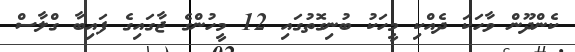
ކެންދޫން ވާހަކަ ދެއްކި މީހަކު ބުނިގޮތުގައި 12 މީހުންގެ ޖާގައިގެ ފައިބާ ގްލާސް